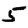
Digit: 5